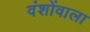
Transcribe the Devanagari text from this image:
वंशोंवाला